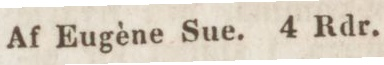
Af Eugène Sue. 4 Rdr.